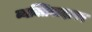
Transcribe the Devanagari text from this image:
व्यक्तिवादावर